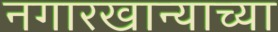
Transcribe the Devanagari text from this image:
नगारखान्याच्या